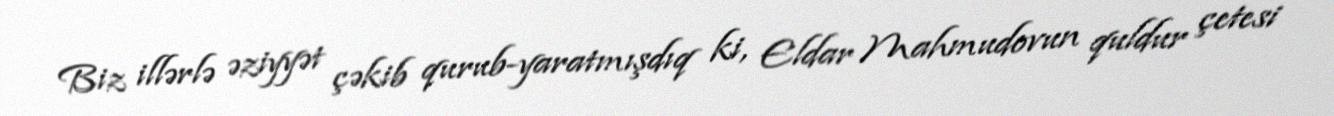
Biz illərlə əziyyət çəkib qurub-yaratmışdıq ki, Eldar Mahmudovun quldur çetesi